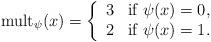
LaTeX: \begin{align*}\mbox{mult}_{\psi} ( x ) =\left\{ \begin{array}{ll}3 & \mbox{if} \ \psi ( x ) = 0 , \\2 & \mbox{if} \ \psi ( x ) = 1 .\end{array}\right.\end{align*}